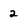
Character: 2